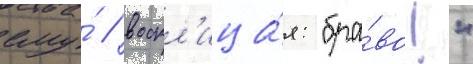
ему́ / воскл'ица́я: "бра́во!"